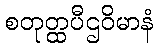
စတုတ္ထပီဌဝိမာနံ